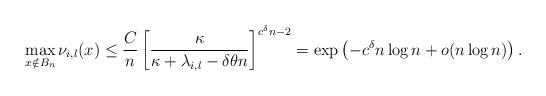
LaTeX: \begin{align*}\max_{x\notin B_n}\nu_{i,l}(x)\leq \frac{C}{n}\left[\frac{\kappa}{\kappa+\lambda_{i,l}-\delta\theta n}\right]^{c^\delta n-2}=\exp\left(-c^\delta n\log n +o(n\log n)\right).\end{align*}